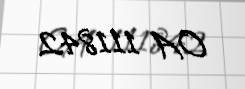
OA 111842